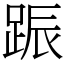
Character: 䟴